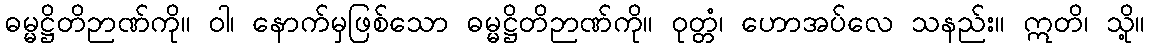
ဓမ္မဋ္ဌိတိဉာဏ်ကို။ ဝါ၊ နောက်မှဖြစ်သော ဓမ္မဋ္ဌိတိဉာဏ်ကို။ ဝုတ္တံ၊ ဟောအပ်လေ သနည်း။ ဣတိ၊ သို့။